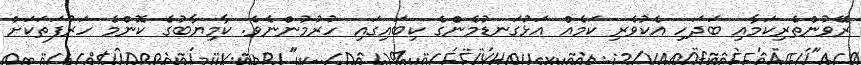
ރޭވުންތެރިކަމާއި ބަދަހި އެކުވެރި ކަމެއް އަޅުގަނޑުމެންގެ ކިބައިގައި ހުރުމުންނެވެ. ކާމިޔާބުގެ ކޮންމެ ހަރުފަތަކަށް